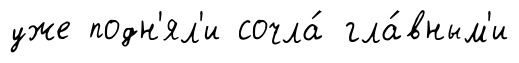
уже подн'ял'и сочла́ гла́вным'и